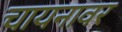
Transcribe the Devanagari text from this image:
चायनावर